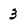
Character: 3